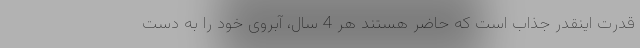
قدرت اینقدر جذاب است که حاضر هستند هر 4 سال، آبروی خود را به دست